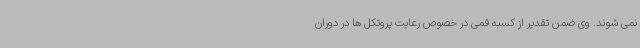
نمی شوند. وی ضمن تقدیر از کسبه قمی در خصوص رعایت پروتکل ها در دوران